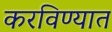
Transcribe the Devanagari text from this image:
करविण्यात